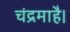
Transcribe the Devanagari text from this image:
चंद्रमाहै।